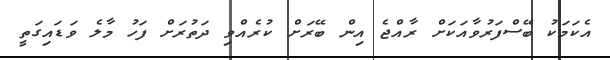
އެކަމަކު ބޭސްފަރުވާއަކަށް ރާއްޖެ އިން ބޭރަށް ކުރެއްވި ދަތުރަށް ފަހު މާލެ ވަޑައިގަތީ